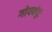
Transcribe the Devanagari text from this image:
गोपबंधुः